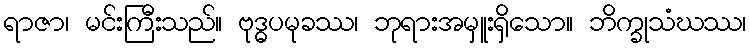
ရာဇာ၊ မင်းကြီးသည်။ ဗုဒ္ဓပမုခဿ၊ ဘုရားအမှူးရှိသော။ ဘိက္ခုသံဃဿ၊